Treatise on elephants
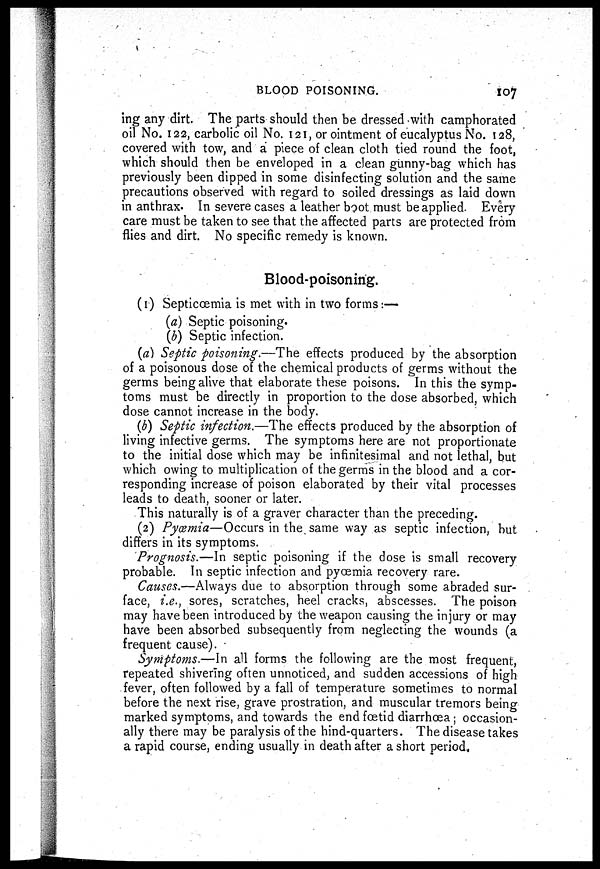
BLOOD POISONING.
107
ing any dirt. The parts should then be dressed with camphorated
oil No. 122, carbolic oil No. 121, or ointment of eucalyptus No. 128,
covered with tow, and a piece of clean cloth tied round the foot,
which should then be enveloped in a clean gunny-bag which has
previously been dipped in some disinfecting solution and the same
precautions observed with regard to soiled dressings as laid down
in anthrax. In severe cases a leather boot must be applied. Every
care must be taken to see that the affected parts are protected from
flies and dirt. No specific remedy is known.
Blood-poisoning.
(1) Septicœmia is met with in two forms:—
(a) Septic poisoning.
(b) Septic infection.
(a) Septic poisoning.—The effects produced by the absorption
of a poisonous dose of the chemical products of germs without the
germs being alive that elaborate these poisons. In this the symp-
toms must be directly in proportion to the dose absorbed, which
dose cannot increase in the body.
(b) Septic infection.—The effects produced by the absorption of
living infective germs. The symptoms here are not proportionate
to the initial dose which may be infinitesimal and not lethal, but
which owing to multiplication of the germs in the blood and a cor-
responding increase of poison elaborated by their vital processes
leads to death, sooner or later.
This naturally is of a graver character than the preceding.
(2) Pyœmia—Occurs in the same way as septic infection, but
differs in its symptoms.
Prognosis.—In septic poisoning if the dose is small recovery
probable. In septic infection and pyœmia recovery rare.
Causes.—Always due to absorption through some abraded sur-
face, i.e., sores, scratches, heel cracks, abscesses. The poison
may have been introduced by the weapon causing the injury or may
have been absorbed subsequently from neglecting the wounds (a
frequent cause).
Symptoms.—In all forms the following are the most frequent,
repeated shivering often unnoticed, and sudden accessions of high
fever, often followed by a fall of temperature sometimes to normal
before the next rise, grave prostration, and muscular tremors being
marked symptoms, and towards the end foetid diarrhœa ; occasion-
ally there may be paralysis of the hind-quarters. The disease takes
a rapid course, ending usually in death after a short period.